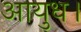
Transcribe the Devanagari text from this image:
आयुध।